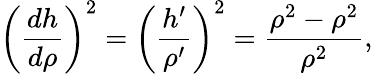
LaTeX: \left(\frac{dh}{d\rho}\right)^{2}=\left(\frac{h^{\prime}}{\rho^{\prime}}\right)^{2}=\frac{\rho^{2}-\rho^{2}}{\rho^{2}},